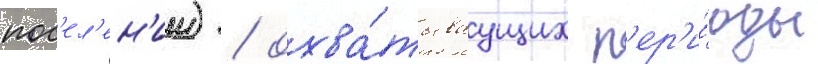
пос'ел'ен'ии) / охва́тываущих п'ер'и́оды